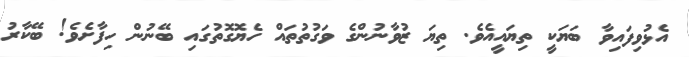
އެޅުވިފައިވާ ބަޔަކީ ތިޔައީއެވެ. ތިޔަ ޒުވާނުންގެ ވަގުތުތައް ހެޔޮގޮތުގައި ބޭނުން ހިފާށެވެ! ބޭކާރު